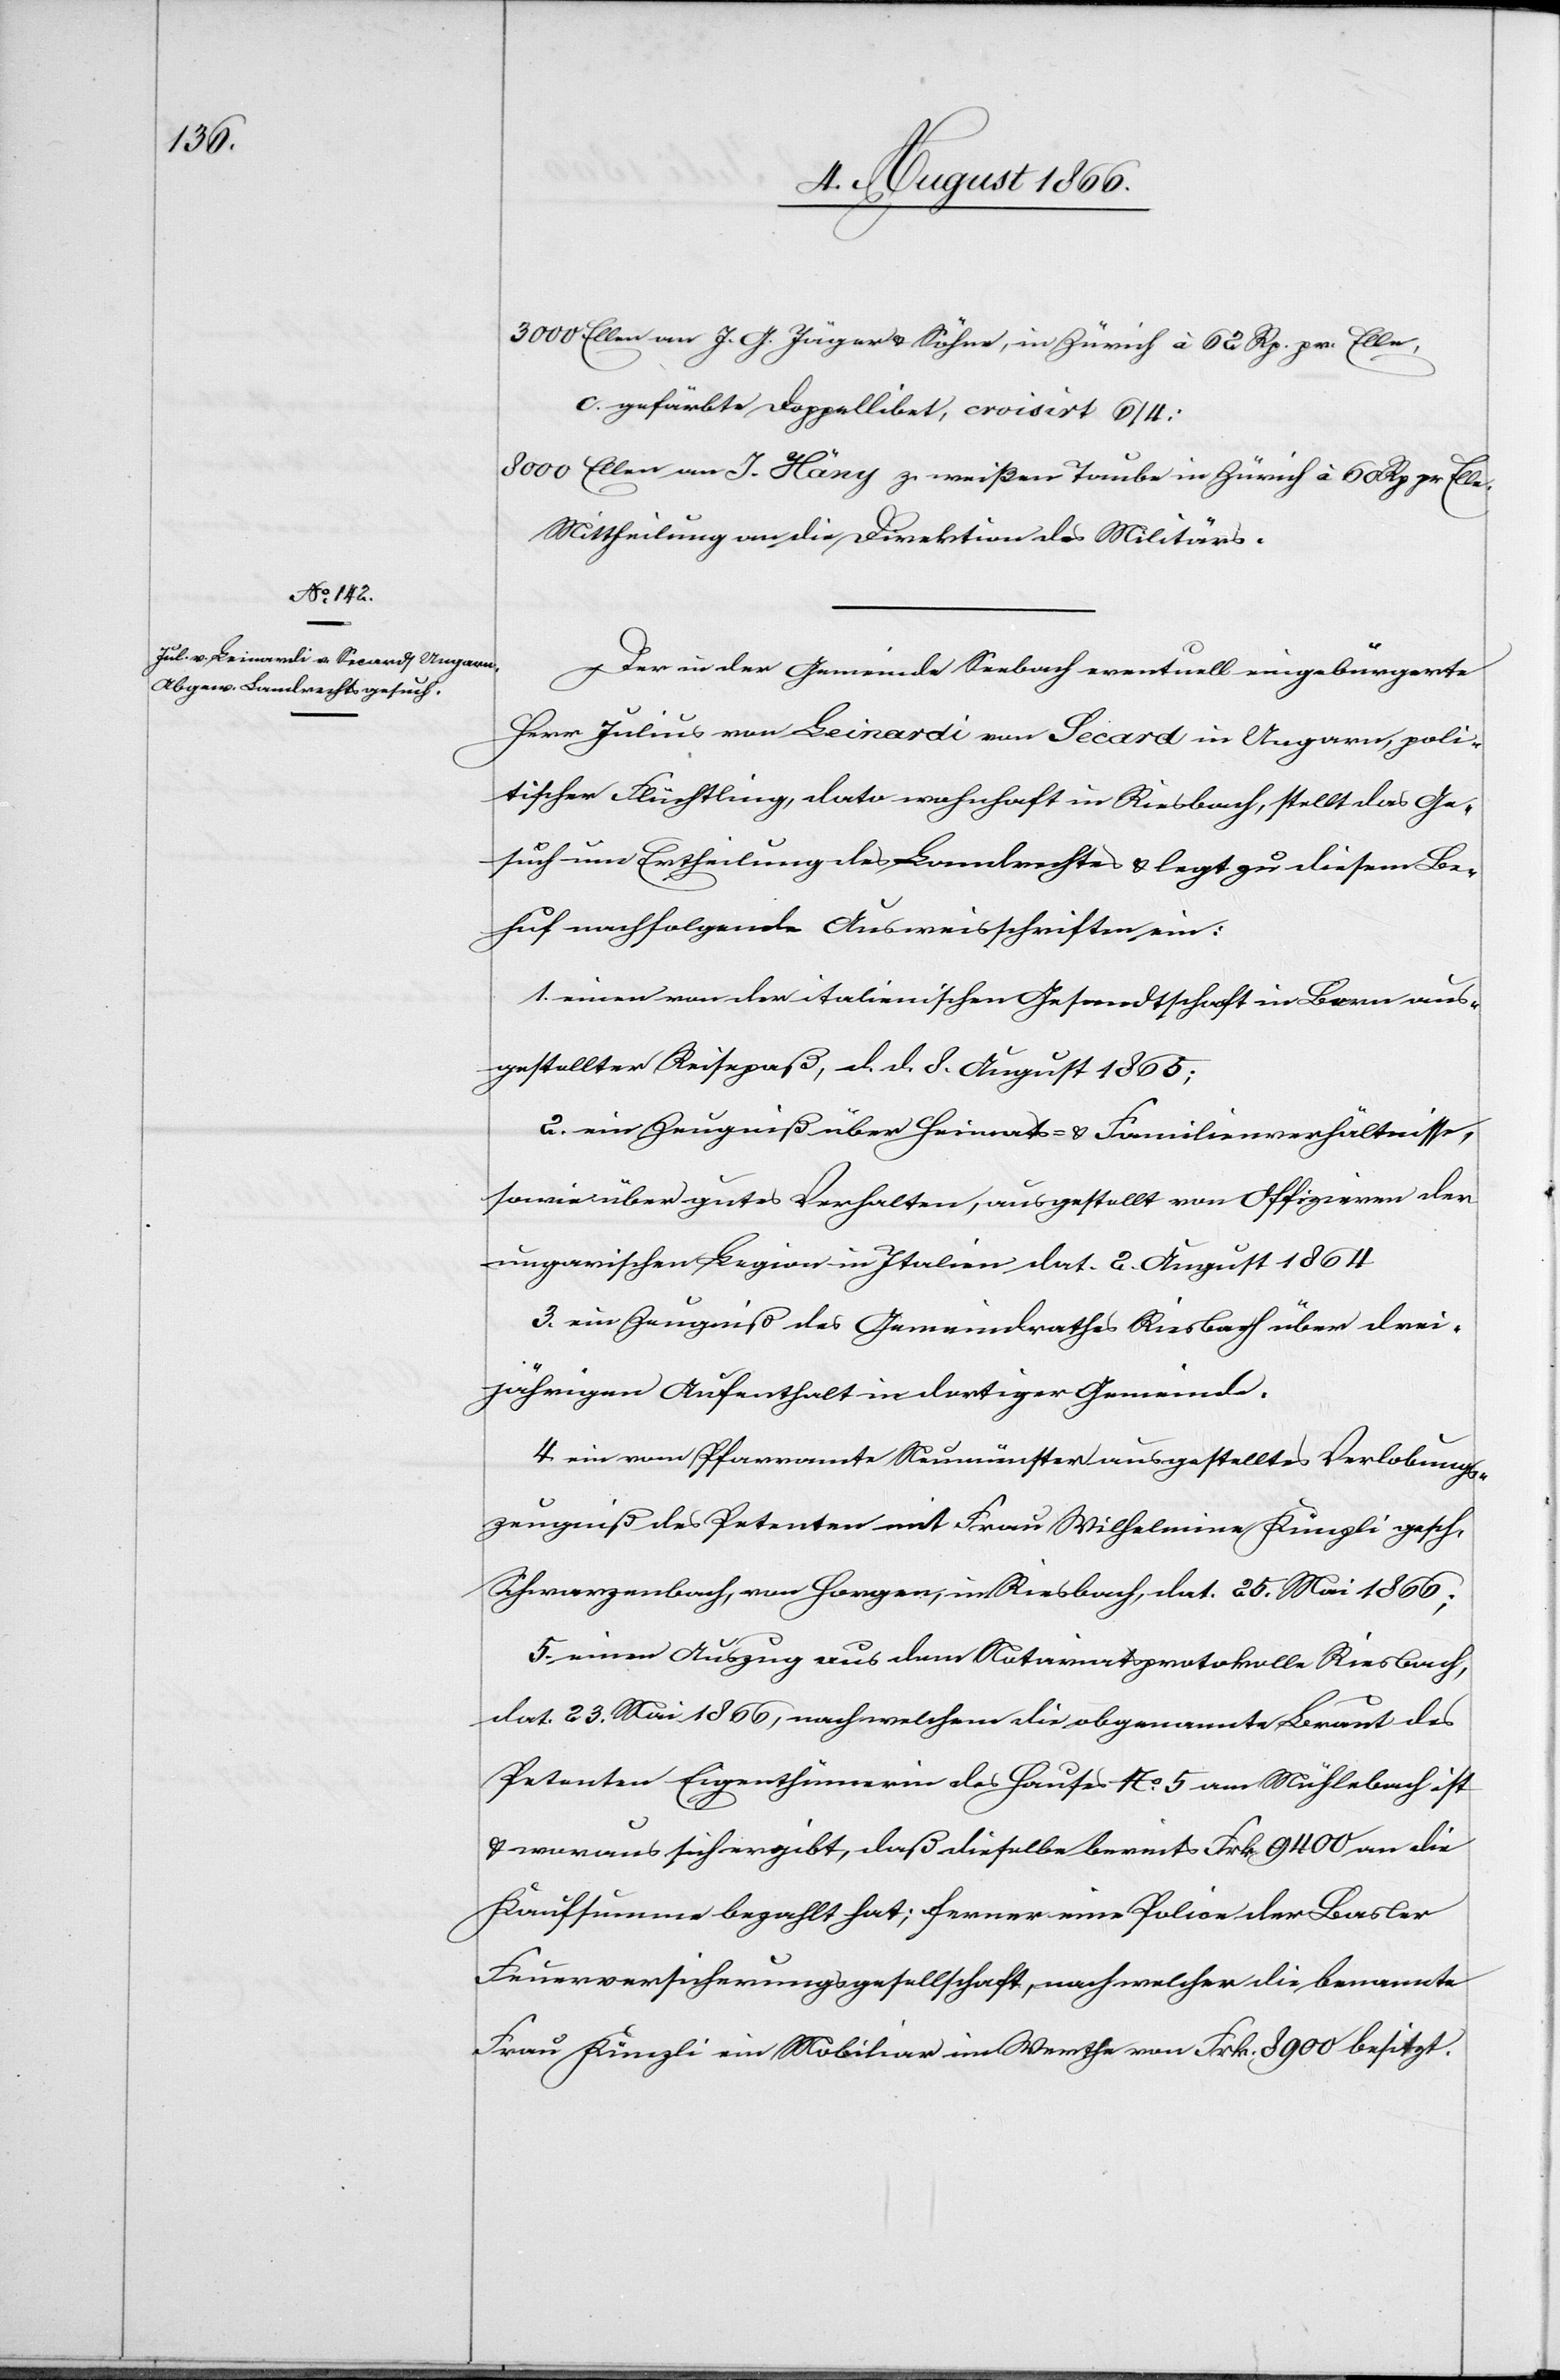
Ellen an J. G. Jäger u. Söhne, in Zürich à 62 Rp. pr. Elle,
c. gefärbte Doppellibet, croisirt 6/4:
Ellen an J. Häny z. weißen Taube in Zürich à 60 Rp. pr. Elle.
Mittheilung an die Direktion des Militärs.
Der in der Gemeinde Seebach eventuell eingebürgerte
Herr Julius von Leinardi von Secard in Ungarn, poli¬
tischer Flüchtling, dato wohnhaft in Riesbach, stellt das Ge¬
such um Ertheilung des Landrechtes u. legt diesem Be¬
huf nachfolgende Ausweisschriften bei:
1. einen von der italienischen Gesandtschaft in Bern aus¬
gestellter Reisepaß, d. d. 8. August 1865;
2. ein Zeugniß über Heimats- u. Familienverhältnisse,
sowie über gutes Verhalten, ausgestellt von Offizieren der
ungarischen Legion in Italien dat. 2. August 1864.
3. ein Zeugniß des Gemeindrathes Riesbach über drei¬
jährigen Aufenthalt in dortiger Gemeinde.
4. ein von Pfarramte Neumünster gestelltes Verlobungs¬
zeugniß des Petenten mit Frau Wilhelmina Künzli gesch.
Schwarzenbach, von Horgen, in Riesbach, dat. 25 Mai 1866;
5. einen Auszug aus dem Notariatsprotokolle Riesbach,
dat. 23. Mai 1866, nach welchem die obgenannte Braut des
Petenten Eigenthümerin des Hauses No. 5 am Mühlenbach ist
u. woraus sich ergibt, daß dieselbe bereits Frk. 9400 an die
Kaufsumme bezahlt hat; ferner eine Police der Basler
Feuerversicherungsgesellschaft, nach welcher die benannte
Frau Künzli ein Mobiliar im Werthe von Frk. 8900 besitzt.